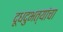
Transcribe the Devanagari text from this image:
दूधदुभत्यांचा